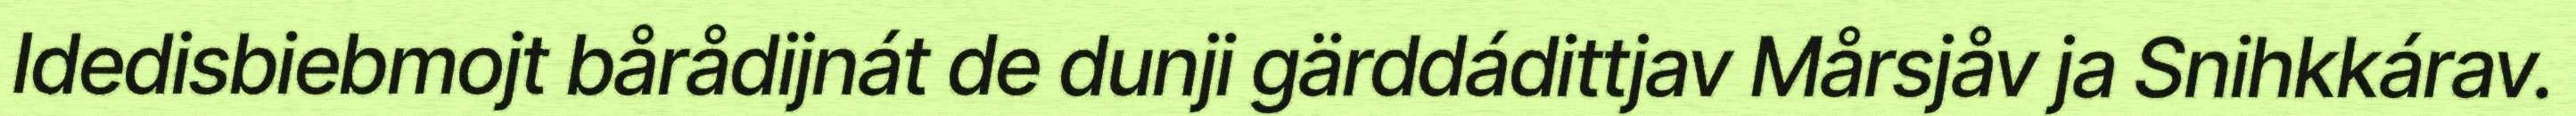
Idedisbiebmojt bårådijnát de dunji gärddádittjav Mårsjåv ja Snihkkárav.